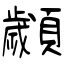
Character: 顪